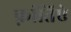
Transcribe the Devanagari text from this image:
फ़्रांतिऐ